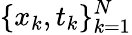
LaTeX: \{ x_{k},t_{k}\} _{k=1}^{N}